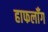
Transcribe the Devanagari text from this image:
हाफलॉँग